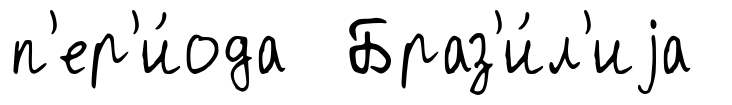
п'ер'и́ода Браз'и́л'иjа